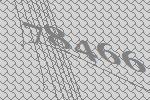
78466